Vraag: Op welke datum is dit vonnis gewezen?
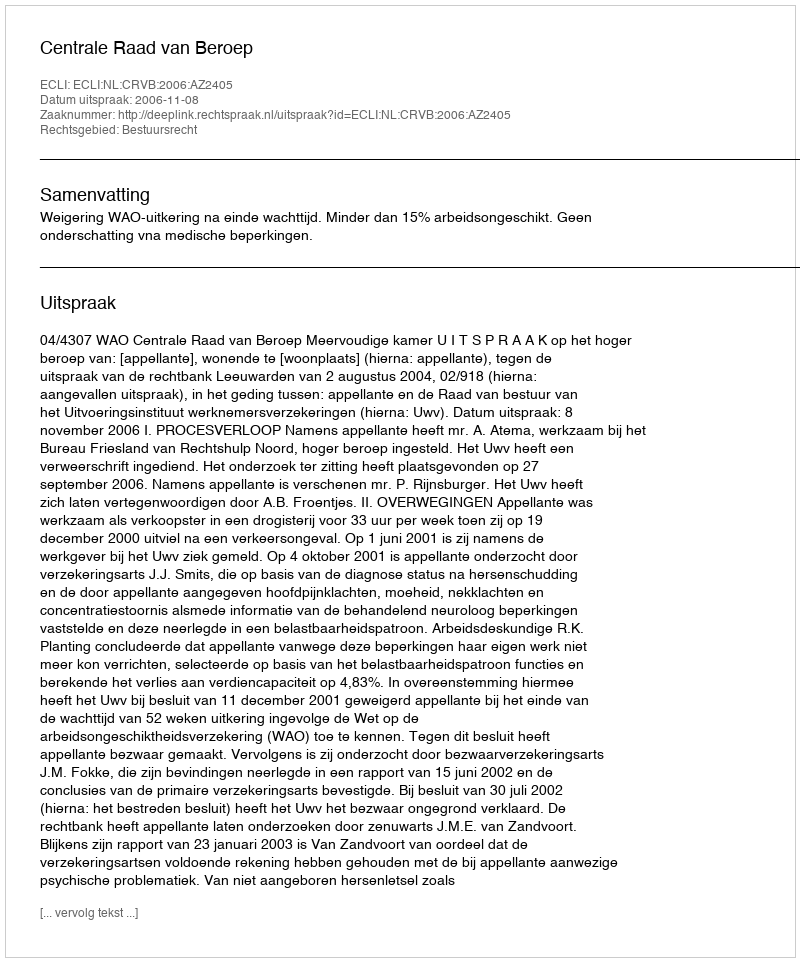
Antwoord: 2006-11-08